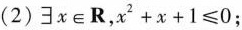
(2)$$\exists x \in \mathbf { R } , x ^ { 2 } + x + 1 \leqslant 0$$；